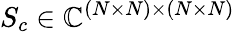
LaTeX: S_{c}\in\mathbb{C}^{(N\times N)\times(N\times N)}